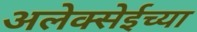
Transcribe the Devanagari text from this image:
अलेक्सेईच्या